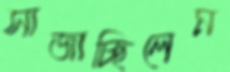
সাজাচ্ছিলেম